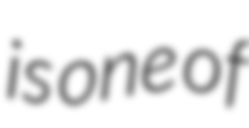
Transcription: is one of